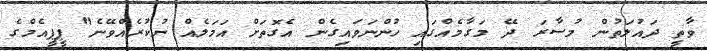
ވާތީ ދައުލަތުން މުސާރަ ދޭ މަގާމެއްގައި ހުންނަވައިގެން އެގޮތަށް އަމަލެއް ނުކުރެއްވޭނެ" ޕީޕީއެމްގެ